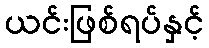
ယင်းဖြစ်ရပ်နှင့်